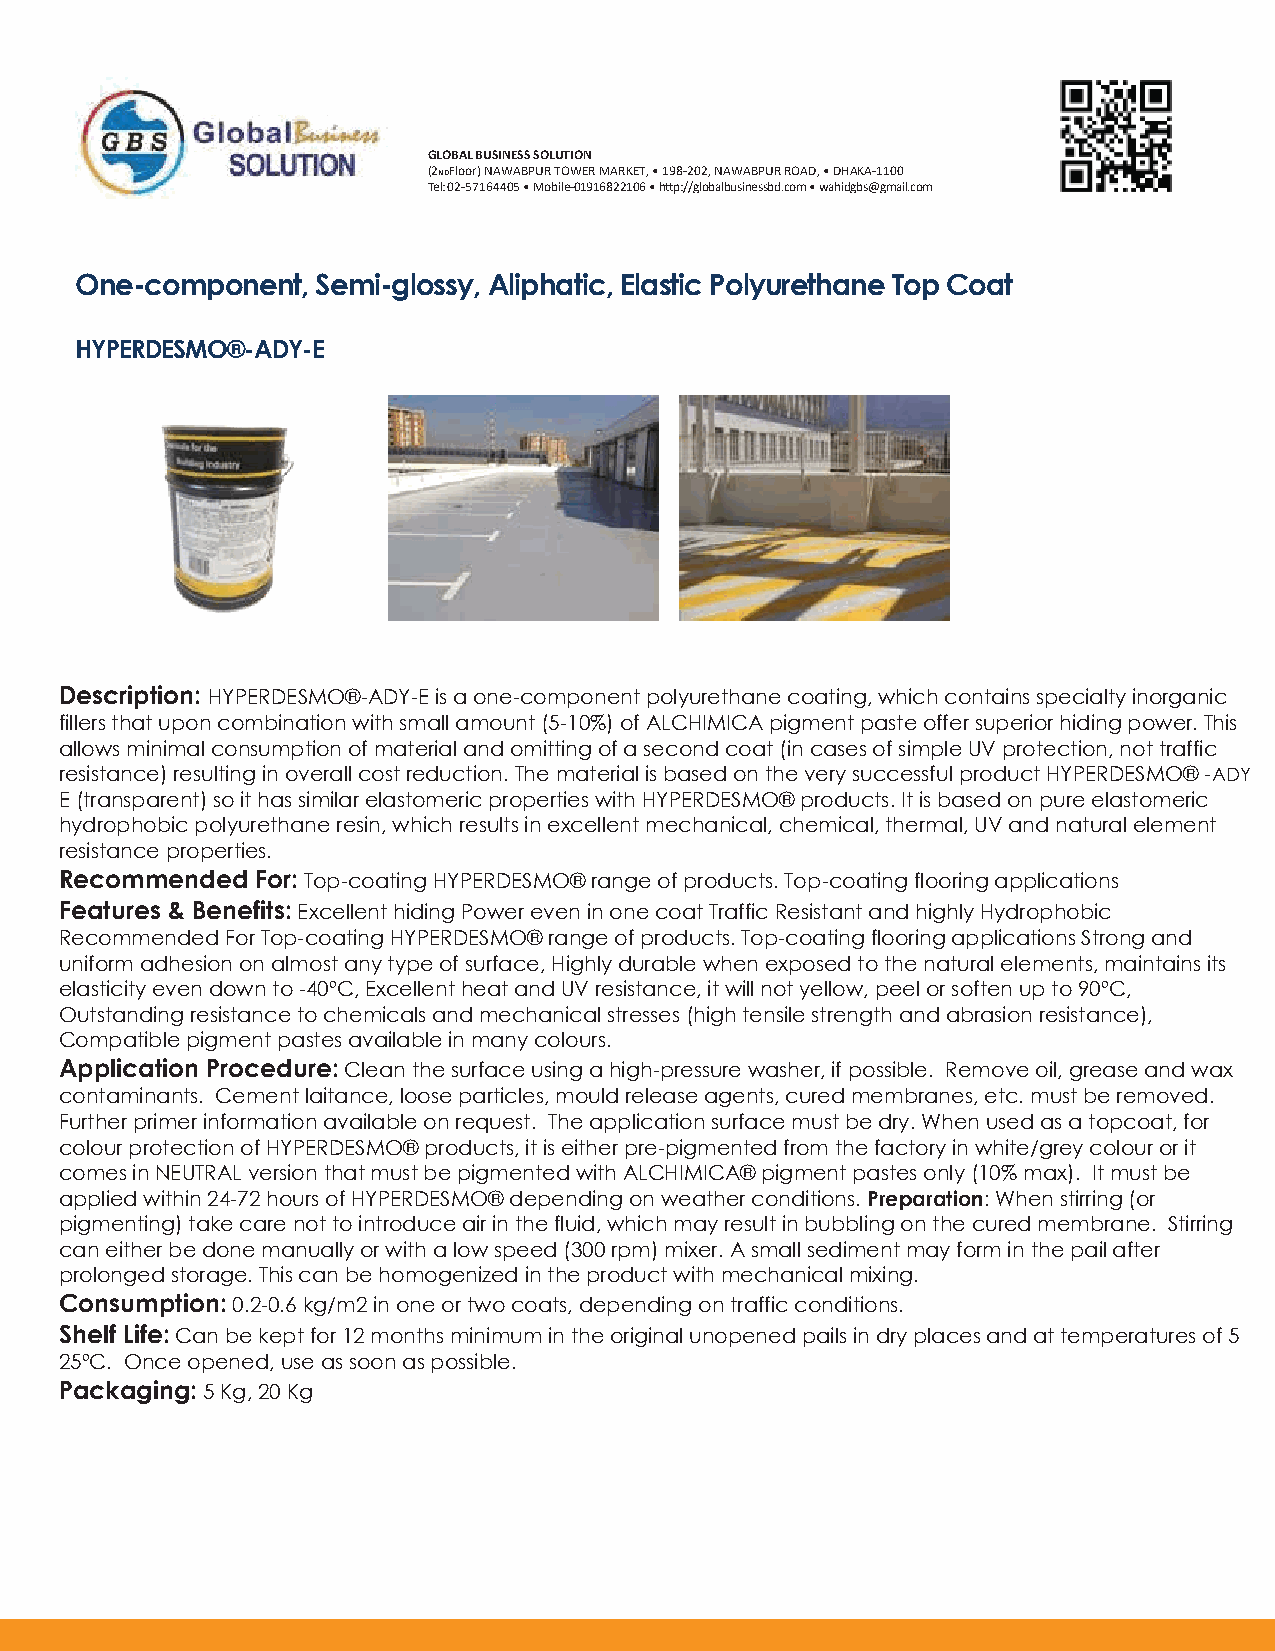
GLOBAL BUSINESS SOLUTION
 (2NDFloor) NAWABPUR TOWER MARKET, • 198-202, NAWABPUR ROAD, • DHAKA-1100
 Tel: 02-57164405 • Mobile-01916822106 • h�p://globalbusinessbd.com • wahidgbs@gmail.com
 One-component,  Semi-glossy, Aliphatic, Elastic Polyurethane Top Coat
 HYPERDESMO®-ADY-E
 Description: HYPERDESMO®-ADY-E is a one-component polyurethane coating, which contains specialty inorganic
 fillers that upon combination with small amount (5-10%) of ALCHIMICA pigment paste offer superior hiding power. This
 allows minimal consumption of material and omitting of a second coat (in cases of simple UV protection, not traffic
 resistance) resulting in overall cost reduction. The material is based on the very successful product HYPERDESMO®-ADY
 E (transparent) so it has similar elastomeric properties with HYPERDESMO® products. It is based on pure elastomeric
 hydrophobic polyurethane resin, which results in excellent mechanical, chemical, thermal, UV and natural element
 resistance properties.
 Recommended  For: Top-coating HYPERDESMO® range of products. Top-coating flooring applications
 Features & Benefits: Excellent hiding Power even in one coat Traffic Resistant and highly Hydrophobic
 Recommended For Top-coating HYPERDESMO® range of products. Top-coating flooring applications Strong and
 uniform adhesion on almost any type of surface, Highly durable when exposed to the natural elements, maintains its
 elasticity even down to -40ºC, Excellent heat and UV resistance, it will not yellow, peel or soften up to 90ºC,
 Outstanding resistance to chemicals and mechanical stresses (high tensile strength and abrasion resistance),
 Compatible pigment pastes available in many colours.
 Application Procedure: Clean the surface using a high-pressure washer, if possible. Remove oil, grease and wax
 contaminants. Cement laitance, loose particles, mould release agents, cured membranes, etc. must be removed.
 Further primer information available on request. The application surface must be dry. When used as a topcoat, for
 colour protection of HYPERDESMO® products, it is either pre-pigmented from the factory in white/grey colour or it
 comes in NEUTRAL version that must be pigmented with ALCHIMICA® pigment pastes only (10% max). It must be
 applied within 24-72 hours of HYPERDESMO® depending on weather conditions. Preparation: When stirring (or
 pigmenting) take care not to introduce air in the fluid, which may result in bubbling on the cured membrane. Stirring
 can either be done manually or with a low speed (300 rpm) mixer. A small sediment may form in the pail after
 prolonged storage. This can be homogenized in the product with mechanical mixing.
 Consumption: 0.2-0.6 kg/m2 in one or two coats, depending on traffic conditions.
 Shelf Life: Can be kept for 12 months minimum in the original unopened pails in dry places and at temperatures of 5
 25ºC. Once opened, use as soon as possible.
 Packaging: 5 Kg, 20 Kg